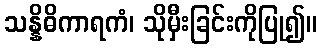
သန္နိဓိကာရကံ၊ သိုမှီးခြင်းကိုပြု၍။